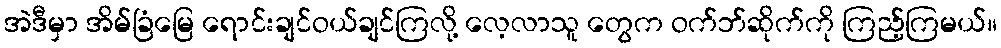
အဲဒီမှာ အိမ်ခြံမြေ ရောင်းချင်ဝယ်ချင်ကြလို့ လေ့လာသူ တွေက ဝက်ဘ်ဆိုက်ကို ကြည့်ကြမယ်။